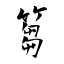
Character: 篘